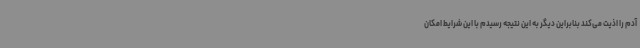
آدم را اذیت می‌کند بنابراین دیگر به این نتیجه رسیدم با این شرایط امکان